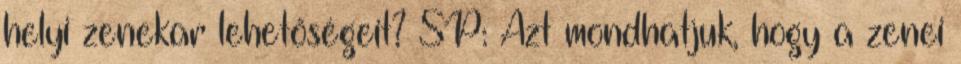
helyi zenekar lehetőségeit? SP: Azt mondhatjuk, hogy a zenei